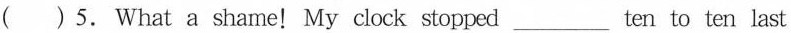
( ) 5.What a shame! My clock stopped___ten to ten last